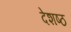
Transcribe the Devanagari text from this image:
देशष्ठ